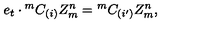
e _ { t } \cdot { ^ m C _ { ( i ) } } Z _ { m } ^ { n } = { ^ m C _ { ( i ^ { \prime } ) } } Z _ { m } ^ { n } ,